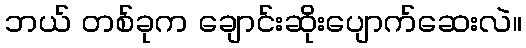
ဘယ် တစ်ခုက ချောင်းဆိုးပျောက်ဆေးလဲ။